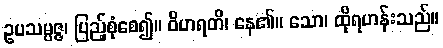
ဥပသမ္ပဇ္ဇ၊ ပြည့်စုံစေ၍။ ဝိဟရတိ၊ နေ၏။ သော၊ ထိုရဟန်းသည်။